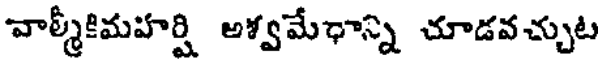
వాల్మీకిమహర్షి అశ్వమేధాన్ని చూడవచ్చుట